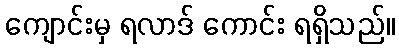
ကျောင်းမှ ရလာဒ် ကောင်း ရရှိသည်။